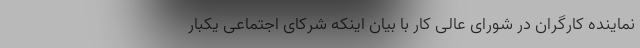
نماینده کارگران در شورای ‌عالی کار با بیان اینکه شرکای اجتماعی یکبار